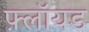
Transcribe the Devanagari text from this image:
फ़्लॉयड